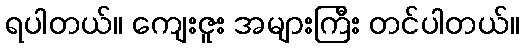
ရပါတယ်။ ကျေးဇူး အများကြီး တင်ပါတယ်။